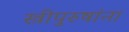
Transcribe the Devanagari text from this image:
स्त्रीपुरुषांना